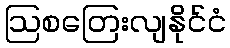
ဩစတြေးလျနိုင်ငံ